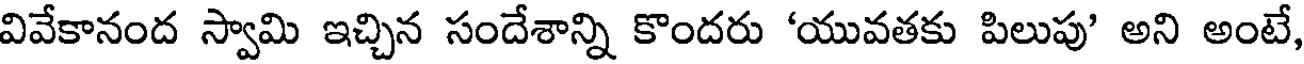
వివేకానంద స్వామి ఇచ్చిన సందేశాన్ని కొందరు 'యువతకు పిలుపు' అని అంటే,